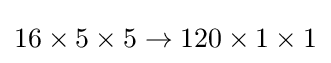
16\times 5\times 5\to 120\times 1\times 1